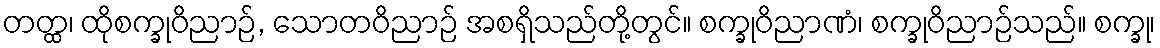
တတ္ထ၊ ထိုစက္ခုဝိညာဉ်, သောတဝိညာဉ် အစရှိသည်တို့တွင်။ စက္ခုဝိညာဏံ၊ စက္ခုဝိညာဉ်သည်။ စက္ခု၊